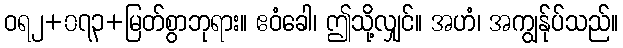
ဝရ၂+၀၇၃+မြတ်စွာဘုရား။ ဧဝံခေါ၊ ဤသို့လျှင်။ အဟံ၊ အကျွန်ုပ်သည်။